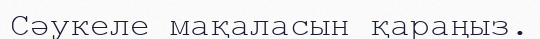
Сәукеле мақаласын қараңыз.